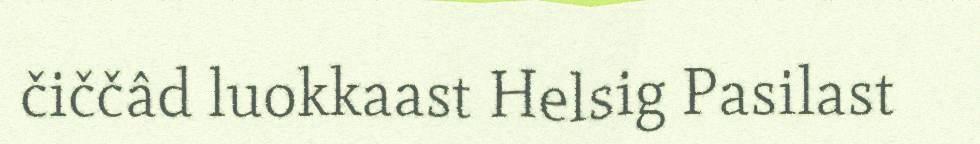
čiččâd luokkaast Helsig Pasilast